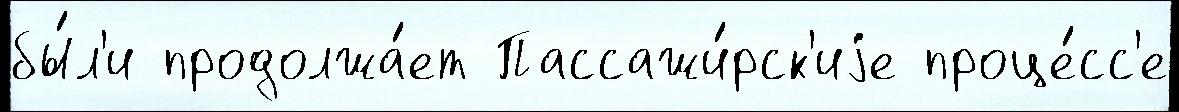
бы́л'и продолжа́ет Пассажи́рск'иjе проце́сс'е